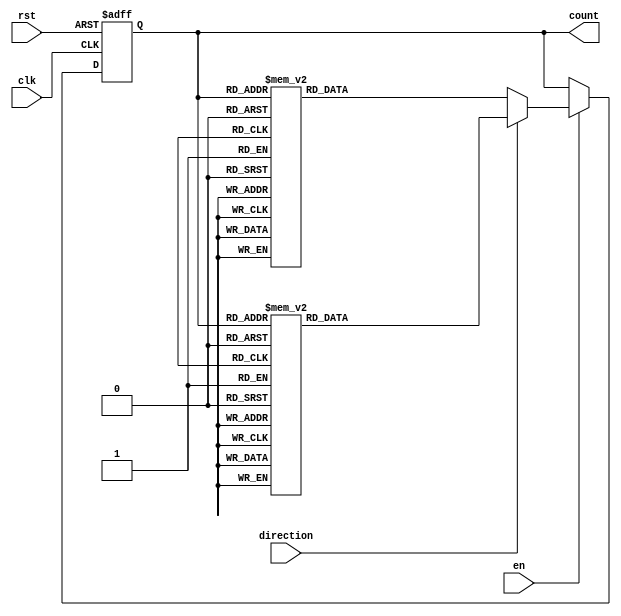
module BidirectionalGrayCounter (
    input wire clk,
    input wire rst,
    input wire en,
    input wire direction,
    output reg [3:0] count
);

reg [3:0] next_count;

always @ (posedge clk or posedge rst) begin
    if (rst) begin
        count <= 4'b0000;
    end else if (en) begin
        if (direction) begin // Count up
            case (count)
                4'b0000: next_count = 4'b0001;
                4'b0001: next_count = 4'b0011;
                4'b0011: next_count = 4'b0010;
                4'b0010: next_count = 4'b0110;
                4'b0110: next_count = 4'b0100;
                4'b0100: next_count = 4'b0101;
                4'b0101: next_count = 4'b1101;
                4'b1101: next_count = 4'b1100;
                4'b1100: next_count = 4'b1000;
                4'b1000: next_count = 4'b1001;
                4'b1001: next_count = 4'b0001;
                default: next_count = 4'b0000;
            endcase
        end else begin // Count down
            case (count)
                4'b0000: next_count = 4'b1001;
                4'b1001: next_count = 4'b1000;
                4'b1000: next_count = 4'b1100;
                4'b1100: next_count = 4'b1101;
                4'b1101: next_count = 4'b0101;
                4'b0101: next_count = 4'b0100;
                4'b0100: next_count = 4'b0110;
                4'b0110: next_count = 4'b0010;
                4'b0010: next_count = 4'b0011;
                4'b0011: next_count = 4'b0001;
                4'b0001: next_count = 4'b0000;
                default: next_count = 4'b0000;
            endcase
        end
        count <= next_count;
    end
end

endmodule